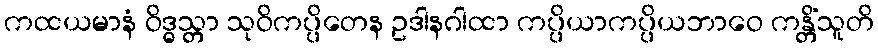
ကထယမာနံ ဝိဒ္ဓသ္တာ သုဝိကပ္ပိတေန ဥဒါနဂါထာ ကပ္ပိယာကပ္ပိယဘာဝေ ကန္တိံသူတိ